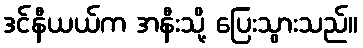
ဒင်နီယယ်က အနီးသို့ ပြေးသွားသည်။